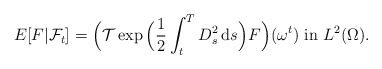
\begin{align*}E[F|\mathcal{F}_{t}]=\Big( \mathcal{T}\exp \Big( \frac{1}{2}\int_{t}^{T}D_{s}^{2}\,\mathrm{d}s\Big) F\Big) (\omega ^{t})~\mbox{in}~L^{2}(\Omega ). \end{align*}